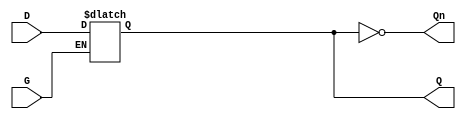
module gated_latch (
    input wire D,      // Data input
    input wire G,      // Enable signal
    output reg Q,      // Output
    output wire Qn     // Complement of the output
);

// Assign the complement of Q
assign Qn = ~Q;

// Always block to implement the gated latch behavior
always @(*) begin
    if (G) begin
        // When G is high, Q follows D
        Q = D;
    end
    // When G is low, Q holds its previous value
end

endmodule